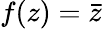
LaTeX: f(z)={\bar{z}}